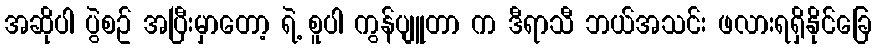
အဆိုပါ ပွဲစဥ် အပြီးမှာတော့ ရဲ့ စူပါ ကွန်ပျူတာ က ဒီရာသီ ဘယ်အသင်း ဖလားရရှိနိုင်ခြေ